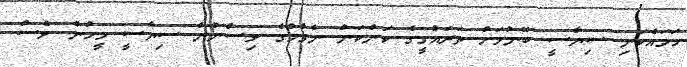
ހަމައެކަނި ސިޔާސީ ބޭނުމަށް ތަރައްގީގެ ކަންކަން ނެގުމުގެ ވިސްނުން ސިޔާސީ މީހުން ވެސް